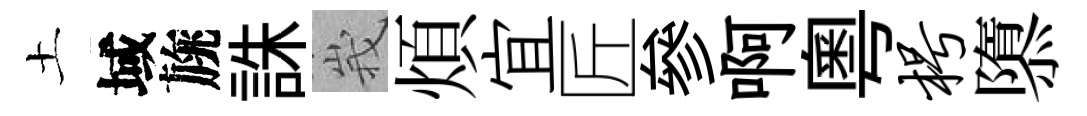
土域旐誅峩煩宜匠參啊粵枵隳